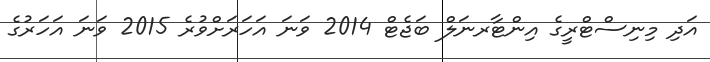
އަދި މިނިސްޓްރީގެ އިންޓާރނަލް ބަޖެޓް 2014 ވަނަ އަހަރަށްވުރެ 2015 ވަނަ އަހަރުގެ